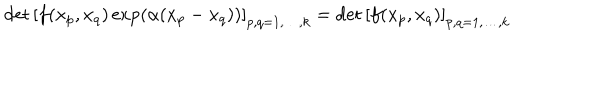
\det \left[ f ( x _ { p } , x _ { q } ) \exp \left( \alpha ( x _ { p } - x _ { q } ) \right) \right] _ { p , q = 1 , \ldots , k } = \det \left[ f ( x _ { p } , x _ { q } ) \right] _ { p , q = 1 , \ldots , k }